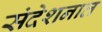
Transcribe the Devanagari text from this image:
संदेशनात